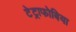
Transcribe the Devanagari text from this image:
टेट्राफोबिया